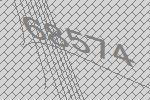
68574